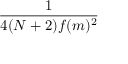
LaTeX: \frac { 1 } { 4 ( N + 2 ) f ( m ) ^ { 2 } }